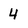
Character: 4